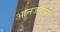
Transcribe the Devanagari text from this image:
आनजहानी